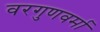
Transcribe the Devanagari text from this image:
वरगुणवर्मा